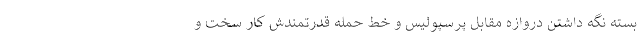
بسته نگه داشتن دروازه مقابل پرسپولیس و خط حمله قدرتمندش کار سخت و